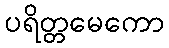
ပရိတ္တမေကော